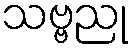
သဗ္ဗညု